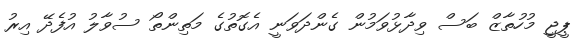
ޕީޖީ މުހުތާޒް ބަސް ވިދާޅުވަމުން ގެންދަވަނީ އެގޮތުގެ މަތިންތޯ ސުވާލު އުފެދޭ އިރު